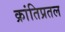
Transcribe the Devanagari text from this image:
क्रांतिप्रतल